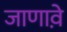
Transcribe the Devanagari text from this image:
जाणावे़